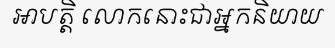
អាបត្តិ លោកនោះជាអ្នកនិយាយ